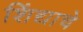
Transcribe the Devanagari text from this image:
शिंद्याचे